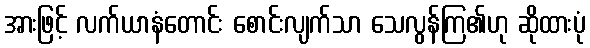
အားဖြင့် လက်ယာနံတောင်း စောင်းလျက်သာ သေလွန်ကြ၏ဟု ဆိုထားပုံ